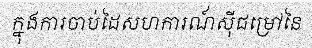
ក្នុងការចាប់ដៃសហការណ៍ស៊ីជម្រៅនៃ